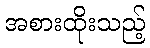
အစားထိုးသည့်